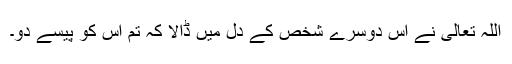
اللہ تعالیٰ نے اُس دوسرے شخص کے دل میں ڈالا کہ تم اُس کو پیسے دو۔